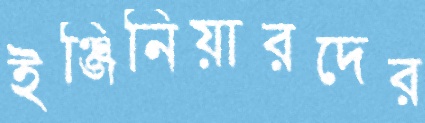
ইঞ্জিনিয়ারদের